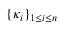
\{ \kappa _ { i } \} _ { 1 \le i \le n }